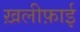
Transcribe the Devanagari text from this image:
ख़लीफ़ाई